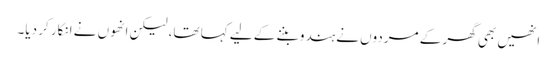
انھیں بھی گھر کے مردوں نے ہندو بننے کے لیے کہا تھا، لیکن انھوں نے انکار کر دیا۔